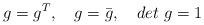
LaTeX: \begin{align*}g=g^T, \quad g=\bar g, \quad det\,\,g=1\end{align*}